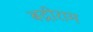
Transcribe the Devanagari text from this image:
बद्रीराम